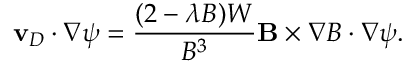
\mathbf { v } _ { D } \cdot \nabla \psi = \frac { ( 2 - \lambda B ) W } { B ^ { 3 } } \mathbf { B } \times \nabla B \cdot \nabla \psi .